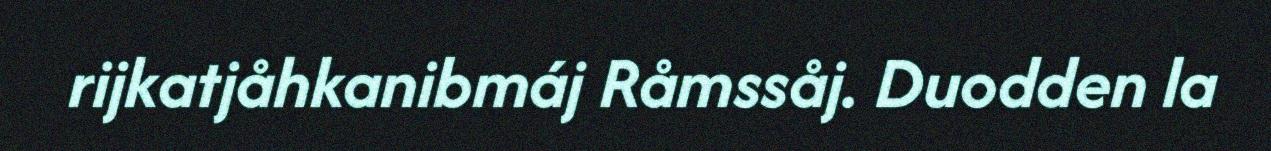
rijkatjåhkanibmáj Råmssåj. Duodden la